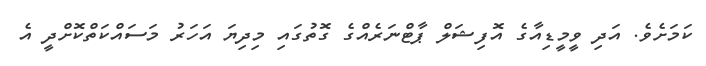
ކަމަށެވެ. އަދި ވީމީޑިއާގެ އޮފިޝަލް ޕާޓްނަރެއްގެ ގޮތުގައި މިދިޔަ އަހަރު މަސައްކަތްކޮށްދީ އެ